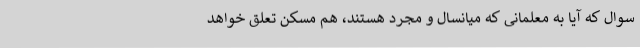
سوال که آیا به معلمانی که میانسال و مجرد هستند، هم مسکن تعلق خواهد